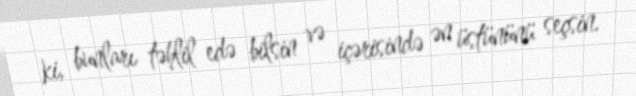
ki, bunları təhlil edə bilsin və içərisində ən üstününü seçsin.